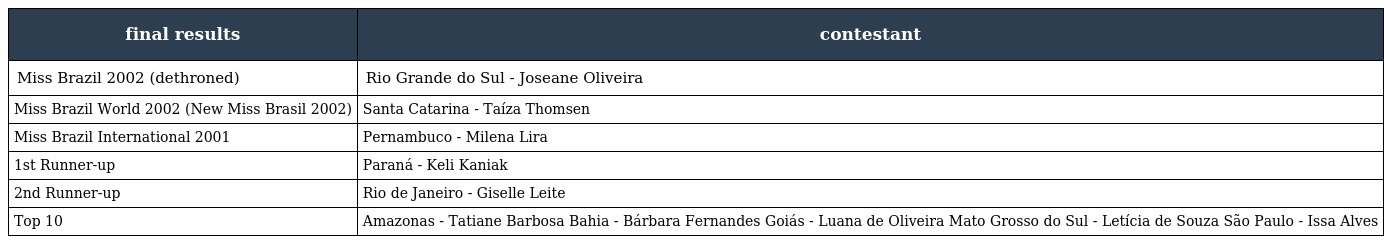
| final results | contestant |
 | --- | --- |
 | Miss Brazil 2002 (dethroned) | Rio Grande do Sul - Joseane Oliveira |
 | Miss Brazil World 2002 (New Miss Brasil 2002) | Santa Catarina - Taíza Thomsen |
 | Miss Brazil International 2001 | Pernambuco - Milena Lira |
 | 1st Runner-up | Paraná - Keli Kaniak |
 | 2nd Runner-up | Rio de Janeiro - Giselle Leite |
 | Top 10 | Amazonas - Tatiane Barbosa Bahia - Bárbara Fernandes Goiás - Luana de Oliveira Mato Grosso do Sul - Letícia de Souza São Paulo - Issa Alves |